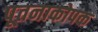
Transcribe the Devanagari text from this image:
पूतनाकोपक